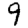
Digit: 9